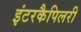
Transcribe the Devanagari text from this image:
इंटरकैपिलरी